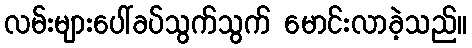
လမ်းများပေါ်ခပ်သွက်သွက် မောင်းလာခဲ့သည်။